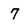
Character: 7